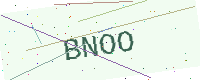
Text: BNOO